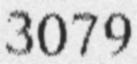
3079